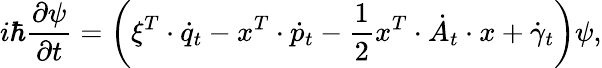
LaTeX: i\hbar\frac{\partial\psi}{\partial t}=\left(\xi^{T}\cdot\dot{q}_{t}-x^{T}\cdot\dot{p}_{t}-\frac{1}{2}x^{T}\cdot\dot{A}_{t}\cdot x+\dot{\gamma}_{t}\right)\psi,